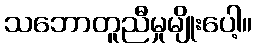
သဘောတူညီမှုမျိုးပေါ့။